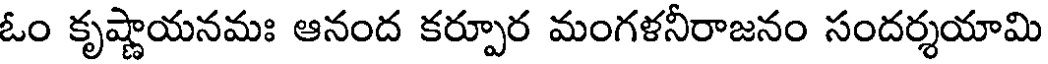
ఓం కృష్ణాయనమః ఆనంద కర్పూర మంగళనీరాజనం సందర్శయామి